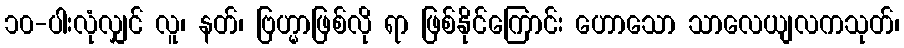
၁၀-ပါးလုံလျှင် လူ၊ နတ်၊ ဗြဟ္မာဖြစ်လို ရာ ဖြစ်နိုင်ကြောင်း ဟောသော သာလေယျလကသုတ်၊